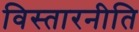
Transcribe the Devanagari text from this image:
विस्तारनीति